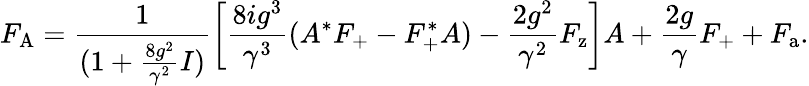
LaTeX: F_{\mathrm{A}}=\frac{1}{(1+\frac{8g^{2}}{\gamma^{2}}I)}\left[\frac{8ig^{3}}{\gamma^{3}}(A^{*}F_{\mathrm{+}}-F_{\mathrm{+}}^{*}A)-\frac{2g^{2}}{\gamma^{2}}F_{\mathrm{z}}\right]A+\frac{2g}{\gamma}F_{\mathrm{+}}+F_{\mathrm{a}}.